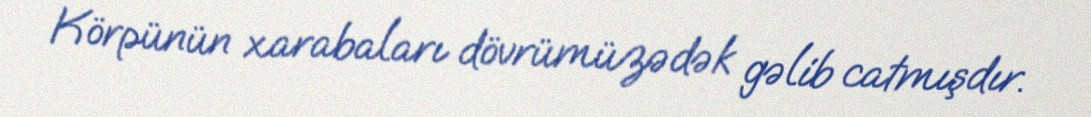
Körpünün xarabaları dövrümüzədək gəlib catmışdır.